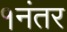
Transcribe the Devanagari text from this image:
१नंतर